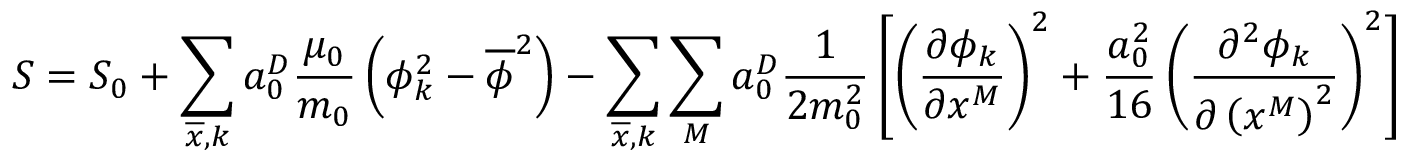
S = S _ { 0 } + \sum _ { \overline { { x } } , k } a _ { 0 } ^ { D } \frac { \mu _ { 0 } } { m _ { 0 } } \left( \phi _ { k } ^ { 2 } - \overline { { \phi } } ^ { 2 } \right) - \sum _ { \overline { { x } } , k } \sum _ { M } a _ { 0 } ^ { D } \frac { 1 } { 2 m _ { 0 } ^ { 2 } } \left[ \left( \frac { \partial \phi _ { k } } { \partial x ^ { M } } \right) ^ { 2 } + \frac { a _ { 0 } ^ { 2 } } { 1 6 } \left( \frac { \partial ^ { 2 } \phi _ { k } } { \partial \left( x ^ { M } \right) ^ { 2 } } \right) ^ { 2 } \right]